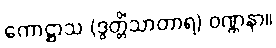
ကောဋ္ဌာသ (ဒွတ္တိံသာတာရ) ဝဏ္ဏနာ။